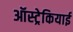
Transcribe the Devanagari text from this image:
ऑस्ट्रेकियाई